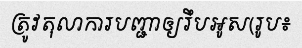
ត្រូវតុលាការបញ្ជាឲ្យរឹបអូស(រូប៖